Report on horse surra - Volume I
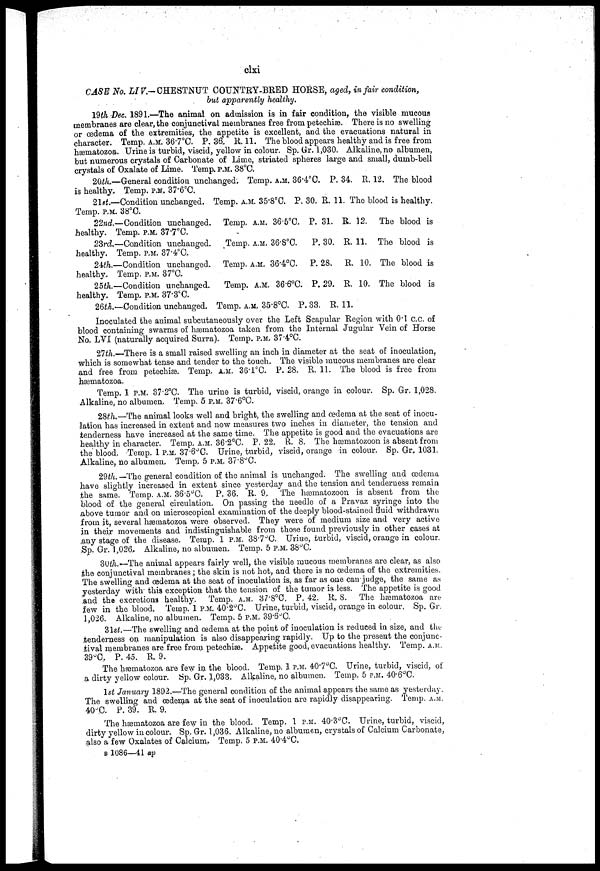
clxi
CASE No. LI V.- CHESTNUT COUNTRY-BRED HORSE, aged, in fair condition,
but apparently healthy.
19th Dec. 1891.—The animal on admission is in fair condition, the visible mucous
membranes are clear, the conjunctival membranes free from petechias. There is no swelling
or oedema of the extremities, the appetite is excellent, and the evacuations natural in
character. Temp. A.M. 36.7°C. P. 36. R. 11. The blood appears healthy and is free from
hæmatozoa. Urine is turbid, viscid, yellow in colour. Sp. Gr. 1,030. Alkaline, no albumen,
but numerous crystals of Carbonate of Lime, striated spheres large and small, dumb-bell
crystals of Oxalate of Lime. Temp. P.M. 38°C.
20i/i..—General condition unchanged; Temp. A.M. 36.4°C P. 34. R. 12. The blood
is healthy. Temp. P.M. 37.6°C.
21st—Condition unchanged. Temp. A.M. 35.8°C. P. 30. R. 11. The blood is healthy.
Temp. P.M. 38°C.
22nd.—Condition unchanged. Temp. A.M. 36.5°C. P. 31. R. 12. The blood is
healthy. Temp. P.M. 37.7°C.
23rd—Condition unchanged.
Temp. A.M. 36.8°C.
P. 30. R. 11. The blood is
healthy. Temp. P.M. 37.4°C.
24th.—Condition unchanged.. Temp. A.M. 36.4°C. P. 28. R. 10. The blood is
healthy. Temp. P.M. 37°C.
25th—Condition unchanged.
Temp. A.M. 36.6°C. P. 29. R. 10. The blood is
healthy. Temp. P.M. 37.3ºC.
26th.—Condition unchanged. Temp. A.M.. 35.8°C. P. 33. R. 11.
Inoculated the animal subcutaneously over the Left Scapular Region with 0.1 c.c. of
blood containing swarms of hæmatozoa taken from the Internal Jugular Vein of Horse
No. LVI (naturally acquired Surra). Temp. P.M. 37.4°C.
27th.—There is a small raised swelling an inch in diameter at the seat of inoculation,
which is somewhat tense and tender to the touch. The visible mucous membranes are clear
and free from petechias. Temp, A.M. 36.1°C, P. 28, R. 11. The blood is free from
hæmatozoa.
Temp. 1 P.M. 37.2ºC. The urine is turbid, viscid, orange in colour. Sp. Gr. 1,028.
Alkaline, no albumen. Temp. 5 P.M.. 37.6°C.
28th.—The animal looks well and bright, the swelling and oedema at the seat of inocu-
lation has increased in extent and now measures two inches in diameter, the tension and
tenderness have increased at the same time. The appetite is good and the evacuations are
healthy in character. Temp, A.M. 36.2°C P. 22, R. 8. The hæmatozoon is absent from
the blood. Temp, 1 P.M. 37.6°C. Urine, turbid, viscid, orange in colour. Sp. Gr. 1031.
Alkaline, no albumen. Temp, 5 P.M. 37.8°C.
29th. —The general condition of the animal is unchanged. The swelling and oedema
have slightly increased in extent since yesterday and the tension and tenderness remain
the same. Temp. A.M. 36.5°C. P. 36. R. 9. The hæmatozoon is absent from the
blood of the general circulation. On passing the needle of a Pravaz syringe into the
above tumor and on microscopical examination of the deeply blood-stained fluid withdrawn
from it, several hæmatozoa were observed. They were of medium size and very active
in their movements and indistinguishable from those found previously in other cases at
any stage of the disease. Temp. 1 P.M. 38.7°C. Urine, turbid, viscid, orange in colour.
Sp. Gr. 1,026, Alkaline, no albumen. Temp. 5 P.M. 38°C.
30th,.— The animal appears fairly well, the visible mucous membranes arc clear, as also
the conjunctival membranes.; the skin is not hot, and there is no œdema of the extremities.
The swelling and oedema at the seat of inoculation is, as far as one can judge, the same as
yesterday with this exception that the tension of the tumor is less. The appetite is good
,and the excretions healthy. Temp. A.M. 37.8°C. P. 42. R. 8. The hænatozoa are
few in the blood. Temp. 1 P.M. 40.2°C. Urine, turbid, viscid, orange in colour. Sp. Gr.
1,026. Alkaline, no albumen. Temp. 5 P.M. 39.6ºC.
31st.—The swelling and oedema at the point of inoculation is reduced in size, and the
tenderness on manipulation is also disappearing rapidly. Up to the present the conjunc-
tival membranes are.free from petechias. Appetite good, evacuations healthy. Temp. A.M.
39ºC, P. 45. R. 9.
The hæmatozoa are few in the blood. Temp. 1 P.M. 40.7°C. Urine, turbid, viscid, of
a dirty yellow colour. Sp. Gr. 1,033. Alkaline, no albumen. Temp. 5 P.M. 40.6°C.
1st January 1892.—The general condition of the animal appears the same as yesterday.
The swelling and oedema at the seat of inoculation are rapidly disappearing. Temp. A.M.
40ºC. P. 39. R. 9.
The hæmatozoa are few in the blood. Temp. 1 P.M. 40.3°C. Urine, turbid, viscid,
dirty yellow in colour. Sp, Gr. 1,036. Alkaline, no albumen, crystals of Calcium Carbonate,
also a few Oxalates of Calcium. Temp. 5 P.M. 40.4°C.
B 1086—41 ap